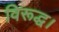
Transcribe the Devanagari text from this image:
विरूद्ध।